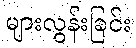
များလွန်းခြင်း